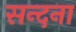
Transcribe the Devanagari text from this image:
सन्दना